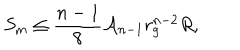
S _ { \mathrm { m } } \leq \frac { n - 1 } { 8 } { \cal A } _ { n - 1 } r _ { \mathrm { g } } ^ { n - 2 } R ,